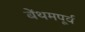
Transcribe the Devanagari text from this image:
बेंथमपूर्व